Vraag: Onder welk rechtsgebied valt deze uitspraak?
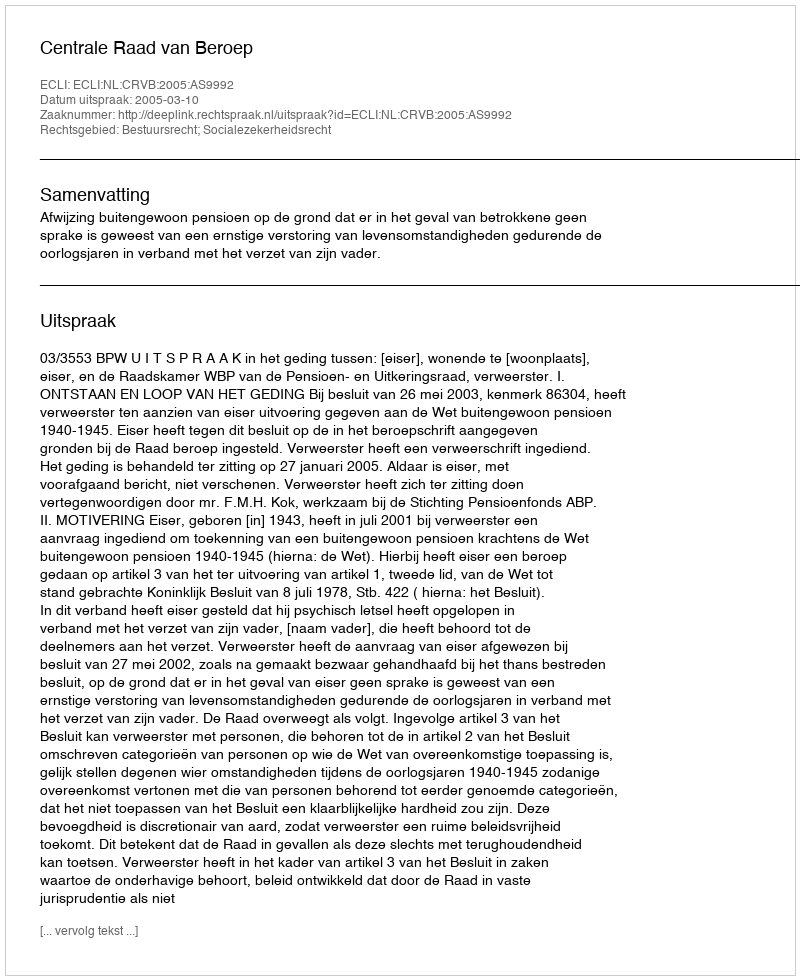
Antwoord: Bestuursrecht; Socialezekerheidsrecht